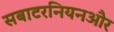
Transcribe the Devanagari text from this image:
सबाटरनियनऔर